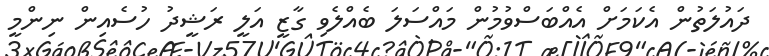
ދައުލަތުން އެކަމަށް އެއްބަސްވުމުން މައްސަލަ ބެއްލެވި ގާޒީ އަލީ ރަޝީދު ހުސެއިން ނިންމީ